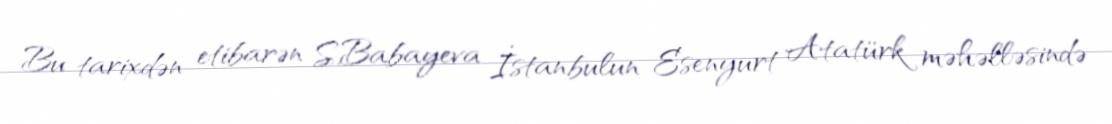
Bu tarixdən etibarən S.Babayeva İstanbulun Esenyurt Atatürk məhəlləsində